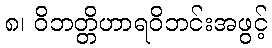
၈၊ ဝိဘတ္တိဟာရဝိဘင်းအဖွင့်